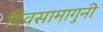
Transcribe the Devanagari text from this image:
दिवसामागुनी